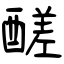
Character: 醝